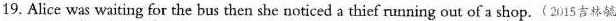
19. Alice was waiting for the bus then she noticed a thief running out of a shop.(2015吉林毓